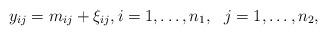
LaTeX: \begin{align*} y_{ij}=m_{ij}+\xi_{ij}, i=1,\dots,n_1, \ \ j=1,\dots, n_2, \end{align*}